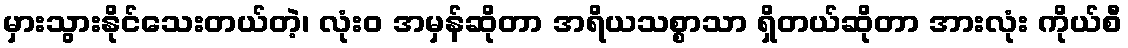
မှားသွားနိုင်သေးတယ်တဲ့၊ လုံးဝ အမှန်ဆိုတာ အရိယသစ္စာသာ ရှိတယ်ဆိုတာ အားလုံး ကိုယ်စီ